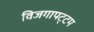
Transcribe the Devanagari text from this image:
विजगापट्‌टम